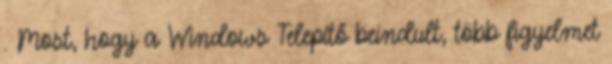
. Most, hogy a Windows Telepítő beindult, több figyelmet